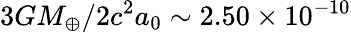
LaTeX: {3GM_{\oplus}}/{2c^{2}a_{0}}\sim 2.50\times 10^{-10}